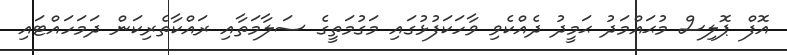
އޮފް ޕޮލިސް މުޙައްމަދު ޙަމީދު ދެއްކެވި ވާހަކަފުޅުގައި މަގުމަތީގެ ސަލާމަތާއި ރައްކާތެރިކަން ދަމަހައްޓައި